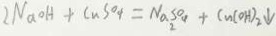
2 N a O H + C u S O _ { 4 } = N a _ { 2 } S O _ { 4 } + C u ( O H ) _ { 2 } \downarrow